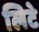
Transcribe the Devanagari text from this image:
लिटे